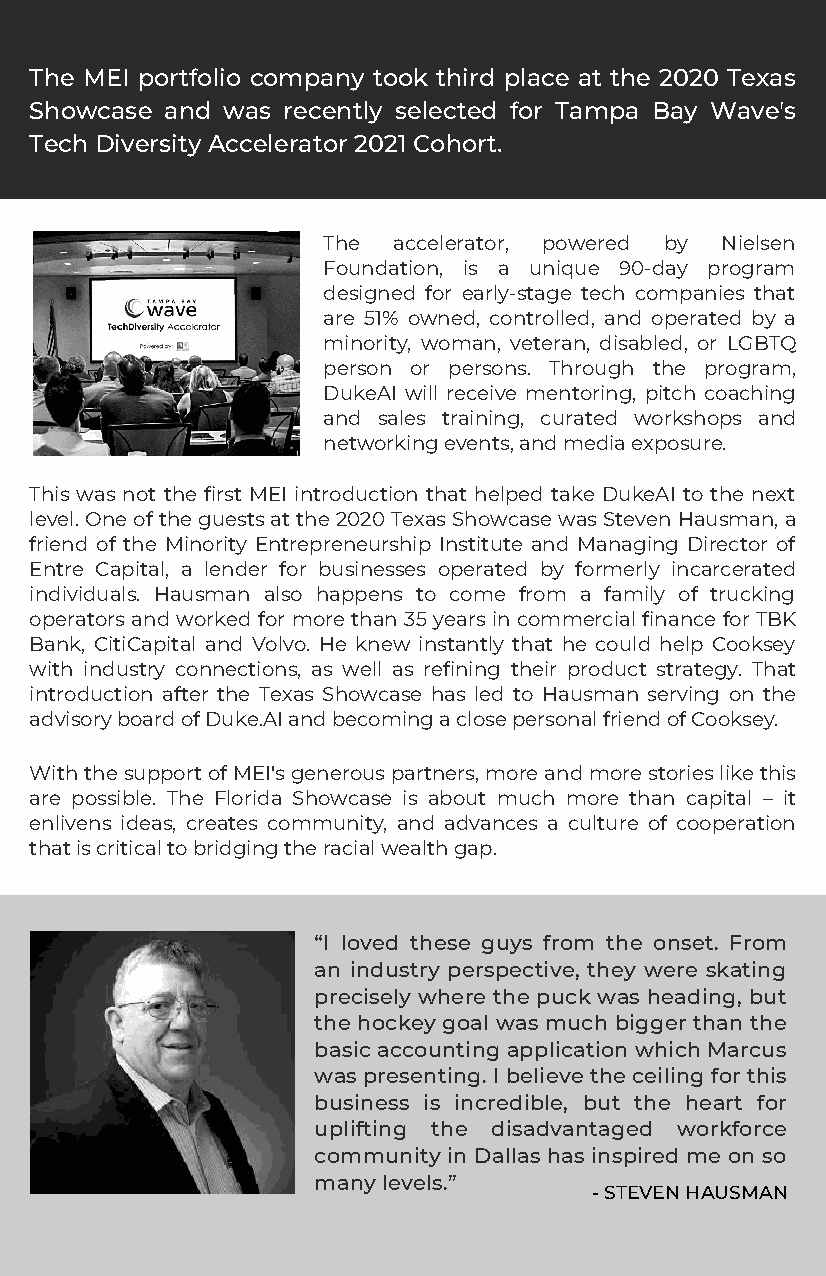
The MEI portfolio company took third place at the 2020 Texas
 Showcase and was recently selected for Tampa Bay Wave's
 Tech Diversity Accelerator 2021 Cohort.
 The  accelerator, powered by Nielsen
 Foundation, is a unique 90-day program
 designed for early-stage tech companies that
 are 51% owned, controlled, and operated by a
 minority, woman, veteran, disabled, or LGBTQ
 person or persons. Through the program,
 DukeAI will receive mentoring, pitch coaching
 and sales training, curated workshops and
 networking events, and media exposure.
 This was not the first MEI introduction that helped take DukeAI to the next
 level. One of the guests at the 2020 Texas Showcase was Steven Hausman, a
 friend of the Minority Entrepreneurship Institute and Managing Director of
 Entre Capital, a lender for businesses operated by formerly incarcerated
 individuals. Hausman also happens to come from a family of trucking
 operators and worked for more than 35 years in commercial finance for TBK
 Bank, CitiCapital and Volvo. He knew instantly that he could help Cooksey
 with industry connections, as well as refining their product strategy. That
 introduction after the Texas Showcase has led to Hausman serving on the
 advisory board of Duke.AI and becoming a close personal friend of Cooksey.
 With the support of MEI's generous partners, more and more stories like this
 are possible. The Florida Showcase is about much more than capital – it
 enlivens ideas, creates community, and advances a culture of cooperation
 that is critical to bridging the racial wealth gap.
 “I loved these guys from the onset. From
 an industry perspective, they were skating
 precisely where the puck was heading, but
 the hockey goal was much bigger than the
 basic accounting application which Marcus
 was presenting. I believe the ceiling for this
 business is incredible, but the heart for
 uplifting the disadvantaged workforce
 community in Dallas has inspired me on so
 many levels.”
 - STEVEN HAUSMAN